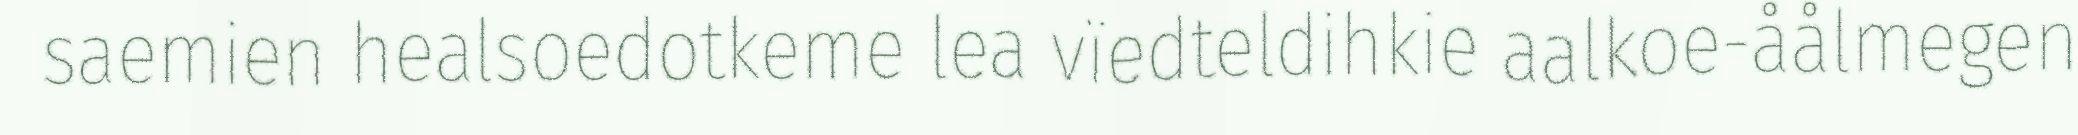
saemien healsoedotkeme lea vïedteldihkie aalkoe-åålmegen